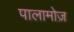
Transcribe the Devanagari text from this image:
पालामोज़